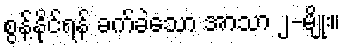
စွန့်နိုင်ရန် ခက်ခဲသော အာသာ ၂-မျိုး။